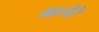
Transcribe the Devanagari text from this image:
माजेरे